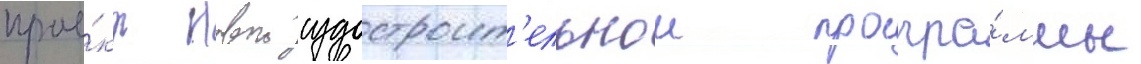
прое́кт новои судостроит'ельнои програ́ммы